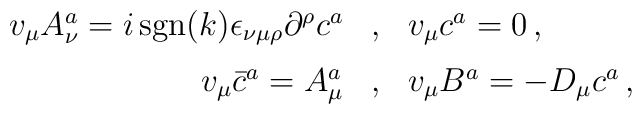
\begin{array}{rcl}v_\mu A_\nu^a =i\,\mbox{sgn}(k){\epsilon }_{\nu \mu \rho }{\partial }^\rho c^a & , & v_\mu c^a=0 \, , \\[2mm] v_\mu {\bar{c}^a}=A_\mu^a & , & v_\mu B^a=-D_\mu c^a\, ,\end{array}